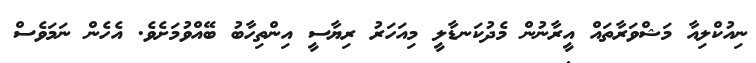
ނިއުކްލިއާ މަޝްވަރާތައް އީރާނުން މެދުކަނޑާލީ މިއަހަރު ރިޔާސީ އިންތިހާބު ބޭއްވުމަށެވެ. އެހެން ނަމަވެސް